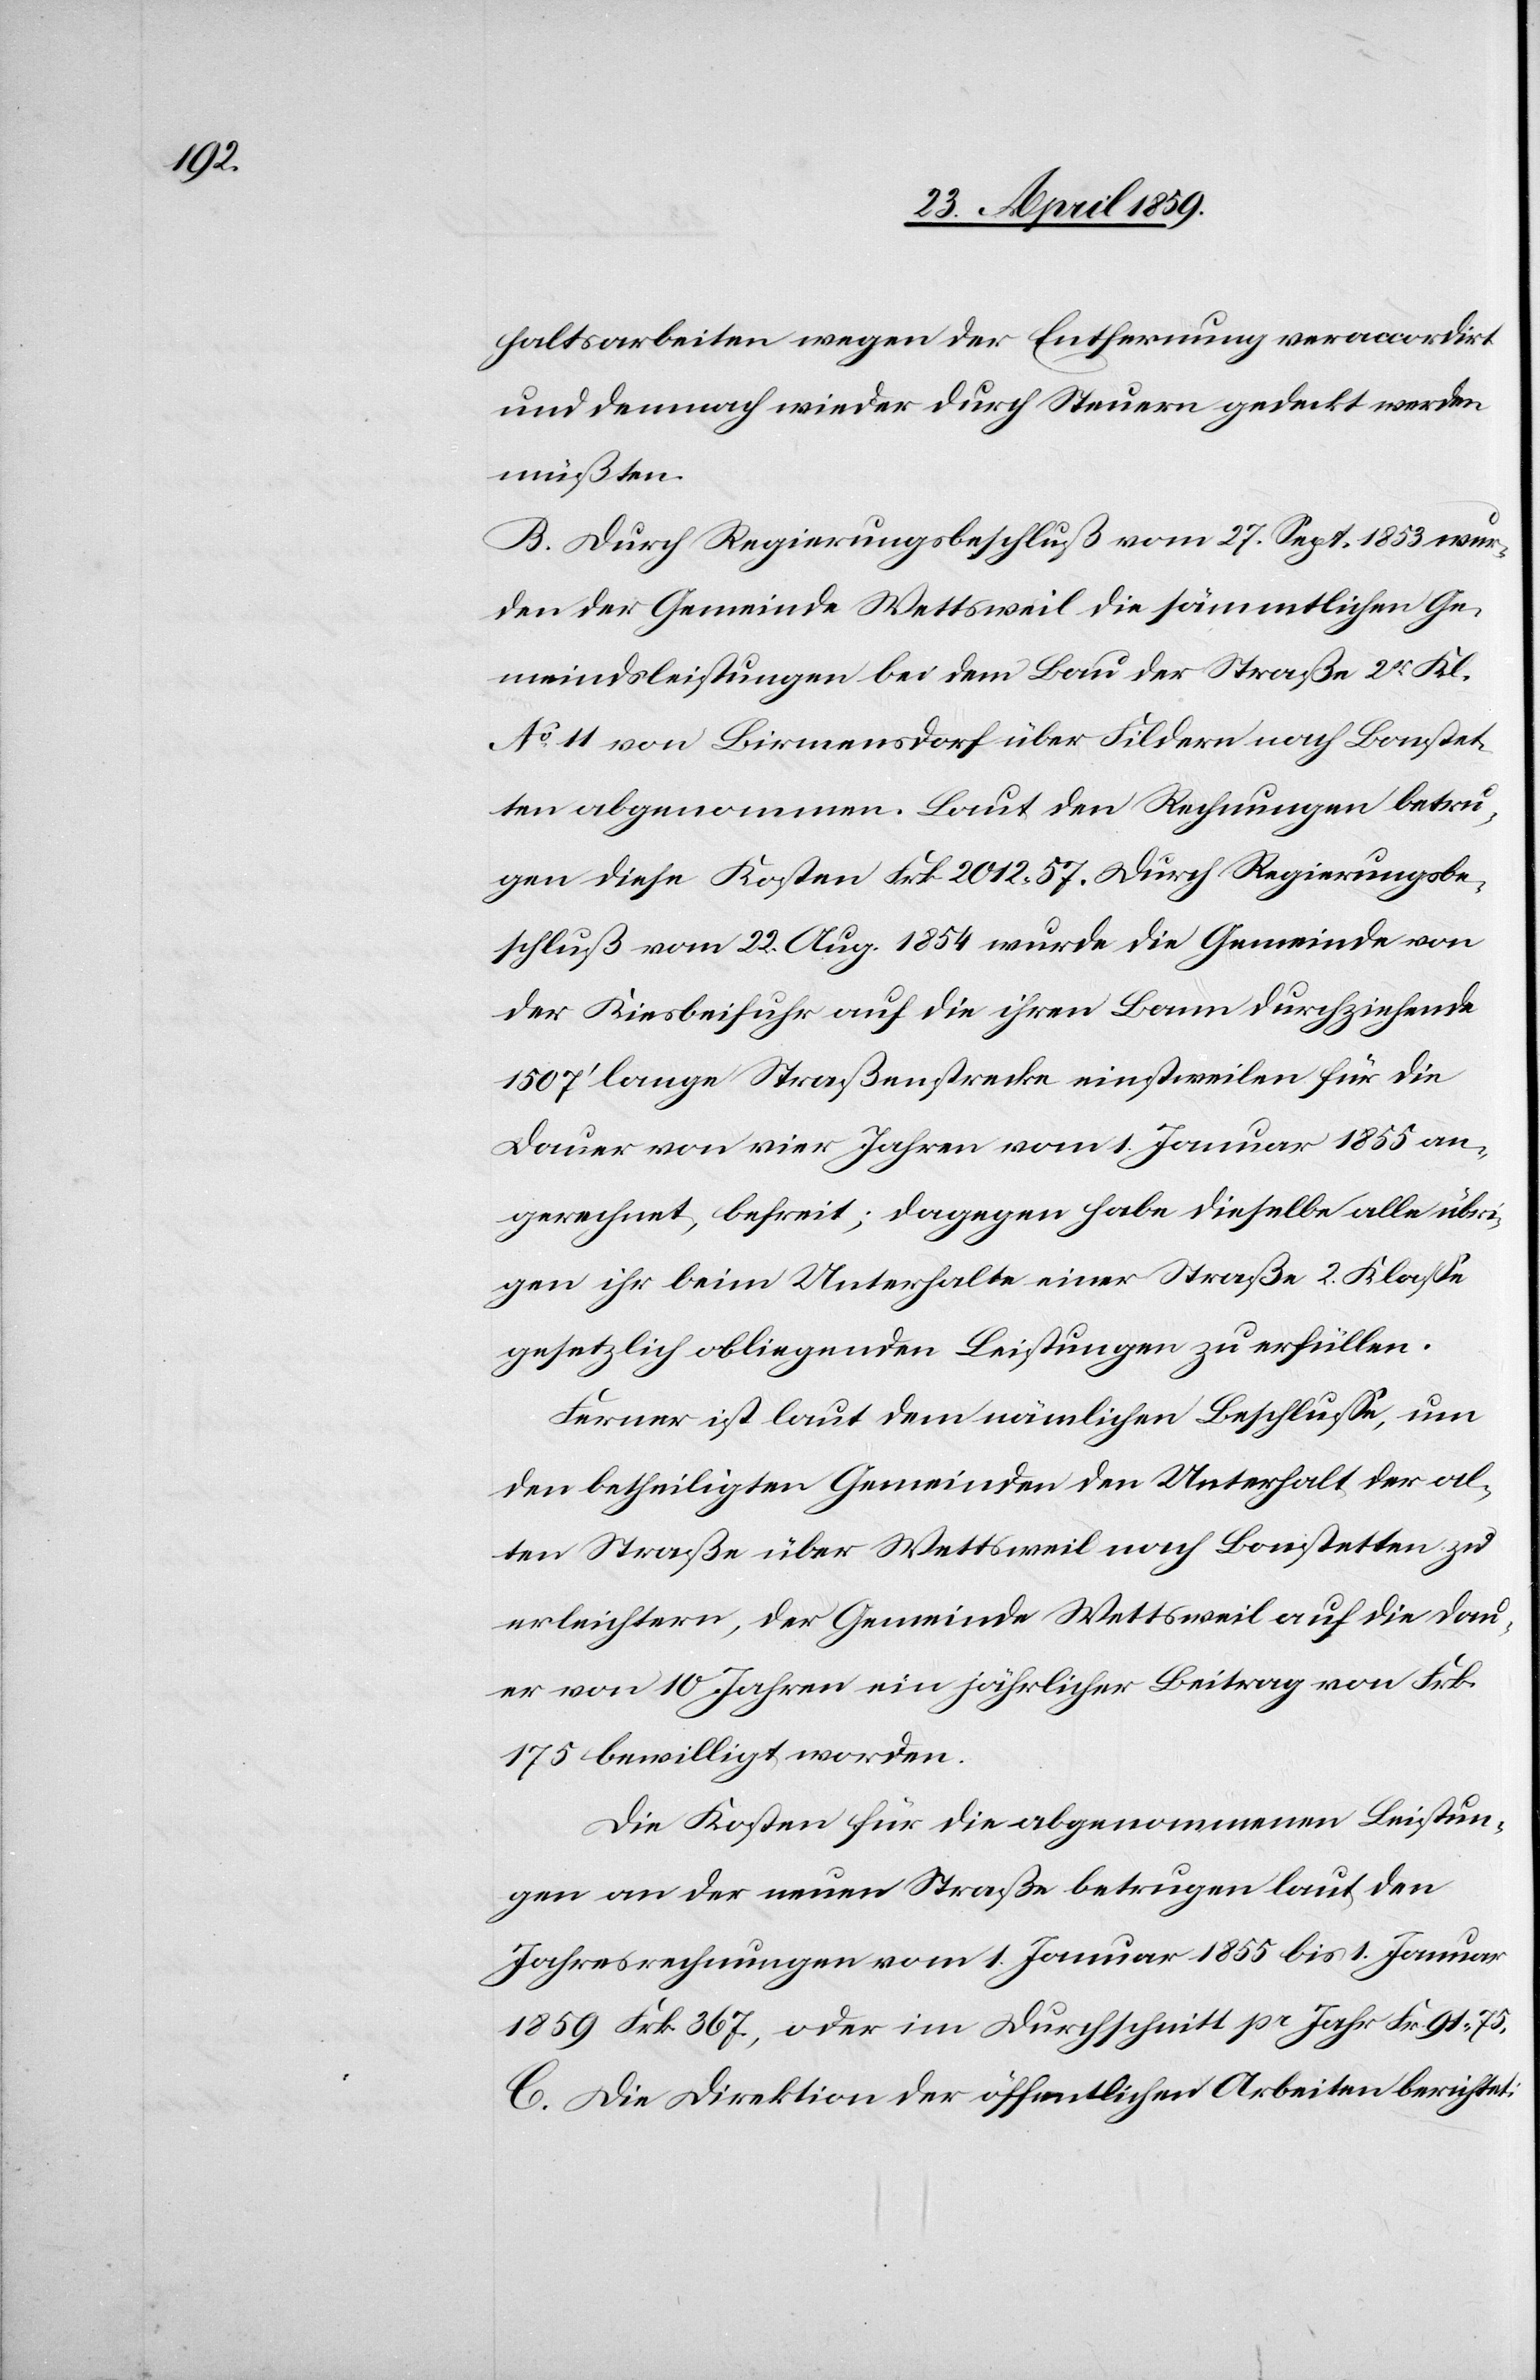
haltsarbeiten wegen der Entfernung veraccordirt
und demnach wieder durch Steuern gedeckt werden
müßten.
B. Durch Regierungsbeschluß vom 27. Sept. 1853 wer¬
den der Gemeinde Wettsweil die sämmtlichen Ge¬
meindsleistungen bei dem Bau der Straße 2tr Kl.
No 11 von Birmensdorf über Fildern nach Bonstet¬
ten abgenommen. Laut den Rechnungen betru¬
gen diese Kosten Frk. 2012 57. Durch Regierungsbe¬
schluß vom 22. Aug. 1854 wurde die Gemeinde von
der Kiesbeifuhr auf die ihren Bann durchziehende
1507‘ lange Straßenstrecke einstweilen für die
Dauer von vier Jahren vom 1. Januar 1855 an
gerechnet, befreit; dagegen habe dieselbe alle übri¬
gen ihr beim Unterhalte einer Straße 2. Klaße
gesetzlich obliegenden Leistungen zu erfüllen.
Ferner ist laut dem nämlichen Beschluße, um
den betheiligten Gemeinden den Unterhalt der al¬
ten Straße über Wettsweil nach Bonstetten zu
erleichtern, der Gemeinde Wettsweil auf die Dau¬
er von 10 Jahren ein jährlicher Beitrag von Frk.
175 bewilligt worden.
Die Kosten für die abgenommenen Leistun¬
gen an der neuen Straße betrugen laut den
Jahresrechnungen vom 1. Januar 1855 bis 1. Januar
1859 Frk. 367, oder im Durchschnitt pr Jahr Fr. 91 75.
C. Die Direktion der öffentlichen Arbeiten berichtet: